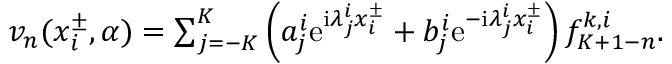
\begin{array} { r } { v _ { n } ( x _ { i } ^ { \pm } , \alpha ) = \sum _ { j = - K } ^ { K } \left( a _ { j } ^ { i } \mathrm { e } ^ { \mathrm { i } \lambda _ { j } ^ { i } x _ { i } ^ { \pm } } + b _ { j } ^ { i } \mathrm { e } ^ { - \mathrm { i } \lambda _ { j } ^ { i } x _ { i } ^ { \pm } } \right) f _ { K + 1 - n } ^ { k , i } . } \end{array}